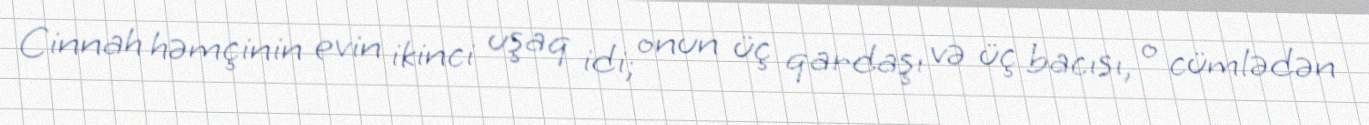
Cinnah həmçinin evin ikinci uşaq idi; onun üç qardaşı və üç bacısı, o cümlədən